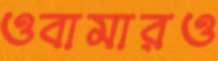
ওবামারও